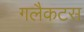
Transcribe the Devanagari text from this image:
गलैकटस